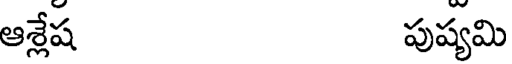
ఆశ్లేష పుష్యమి